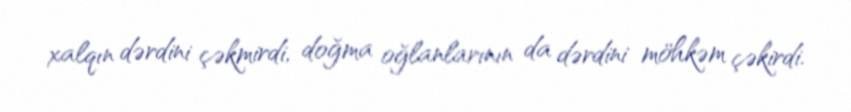
xalqın dərdini çəkmirdi, doğma oğlanlarının da dərdini möhkəm çəkirdi.